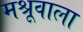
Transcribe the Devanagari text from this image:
मश्रूवाला